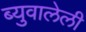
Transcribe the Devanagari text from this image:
ब्युवालेली